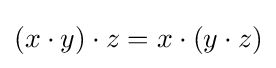
(x\cdot y)\cdot z=x\cdot (y\cdot z)